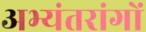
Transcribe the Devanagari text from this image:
अभ्यंतरांगों